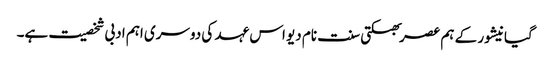
گیانیشور کے ہم عصر بھکتی سنت نام دیو اس عہد کی دوسری اہم ادبی شخصیت ہے۔